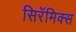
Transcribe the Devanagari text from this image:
सिरॅमिक्स